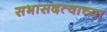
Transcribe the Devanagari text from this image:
सभासदत्वाच्या